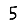
Digit: 5